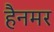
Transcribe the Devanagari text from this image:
हैनमर